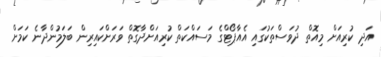
އަދި ކުރިއަށް މިއޮތް ދުވަސްތަކުގައި އެއާޕޯޓްގެ މަސައްކަތް ކުރިއަށްދާގޮތް ވަރަށްކައިރިން ބަލަމުންދާނެ ކަމަށް